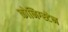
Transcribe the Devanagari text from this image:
कोनिग्स्टेन